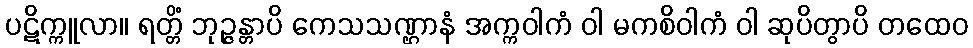
ပဋိက္ကူလာ။ ရတ္တိံ ဘုဉ္ဇန္တာပိ ကေသသဏ္ဌာနံ အက္ကဝါကံ ဝါ မကစိဝါကံ ဝါ ဆုပိတွာပိ တထေဝ